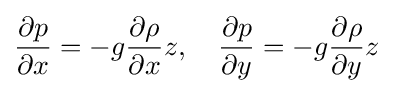
{\frac {\partial p}{\partial x}}=-g{\frac {\partial \rho }{\partial x}}z,\quad {\frac {\partial p}{\partial y}}=-g{\frac {\partial \rho }{\partial y}}z